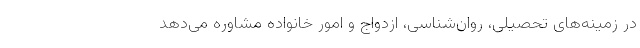
در زمینه‌های تحصیلی، روان‌شناسی، ازدواج و امور خانواده مشاوره می‌دهد